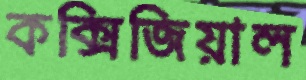
কক্সিজিয়াল